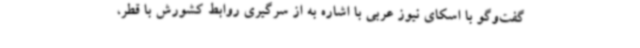
گفت‌وگو با اسکای نیوز عربی با اشاره به از سرگیری روابط کشورش با قطر،